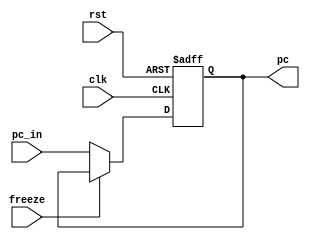
module PC_Register(clk, rst, freeze,pc_in,pc);
  input clk, rst, freeze;
  input [31:0] pc_in;
  output reg [31:0] pc;

  always@(posedge clk, posedge rst) begin
    if (rst)
      pc <= 32'd0;
    else if (~freeze)
      pc <= pc_in;
  end

endmodule